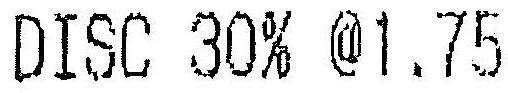
DISC 30% @1.75